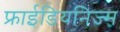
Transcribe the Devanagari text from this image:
फ्राईडियनिज्म